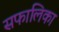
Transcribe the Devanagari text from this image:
सफालिका